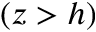
( z > h )